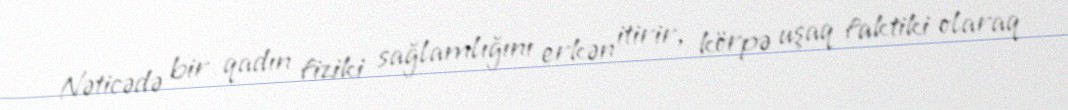
Nəticədə bir qadın fiziki sağlamlığını erkən itirir, körpə uşaq faktiki olaraq